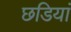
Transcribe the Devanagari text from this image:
छडियां